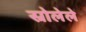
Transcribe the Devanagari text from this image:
स्रोलेले